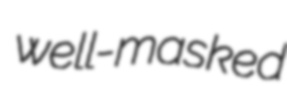
well-masked